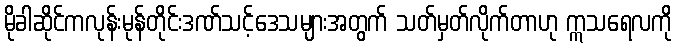
မိုခါဆိုင်ကလုန်းမုန်တိုင်းဒဏ်သင့်ဒေသများအတွက် သတ်မှတ်လိုက်တာဟု ဣသရေလကို